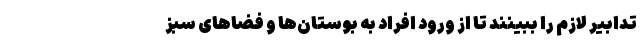
تدابیر لازم را ببینند تا از ورود افراد به بوستان‌ها و فضا‌های سبز